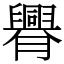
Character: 臖